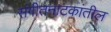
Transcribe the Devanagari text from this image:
संगीतनाटकांतील